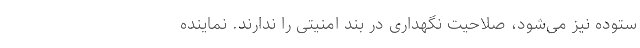
ستوده نیز می‌شود، صلاحیت نگهداری در بند امنیتی را ندارند. نماینده